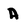
Character: A